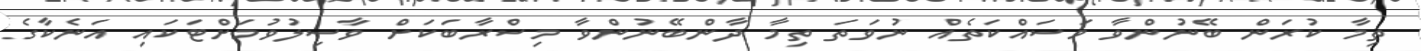
ތިމާ ކުރަން ބޭނުންވާ މަސައްކަތެއް ނުވަތަ ތިމާ ދާންބޭނުންވާ މިސްރާބަކަށް ވާސިލުވުމަށްޓަކައި އަނެކާގެ